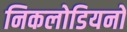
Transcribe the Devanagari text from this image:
निकलोडियनों